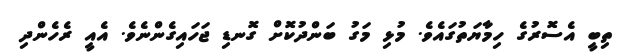
ތިބީ އެސޮރުގެ ހިމާޔަތުގައެވެ. މުޅި މަގު ބަންދުކޮށް ގޮނޑި ޖަހައިގެންނެވެ. އެއީ ރެހެންދި